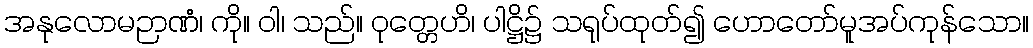
အနုလောမဉာဏံ၊ ကို။ ဝါ၊ သည်။ ဝုတ္တေဟိ၊ ပါဋ္ဌိ၌ သရုပ်ထုတ်၍ ဟောတော်မူအပ်ကုန်သော။